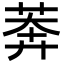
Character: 莾